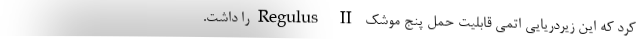
کرد که این زیردریایی اتمی قابلیت حمل پنج موشک Regulus IIرا داشت.